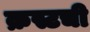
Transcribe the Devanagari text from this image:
क्रस्टची